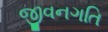
જીવનગતિ